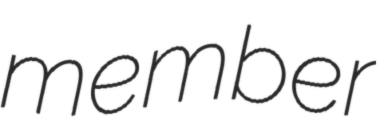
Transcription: member